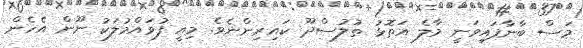
މަސް ބާނާފައިވަނީ މާލެ އަތޮޅު ތުލުސްދޫ ކައިރިންނެވެ. މިއީ ފުވައްމުލަކު ނޫން އެހެން